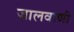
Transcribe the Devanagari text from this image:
जालवाणी